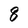
Character: 8